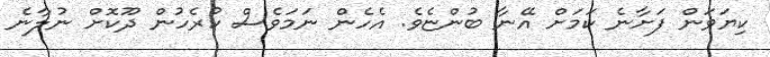
ކިޔަވަން ފަށާނެ ކަމަށް އޭނާ ބުންޏެވެ. އެހެން ނަމަވެސް ކުރެހުން ދޫކޮށް ނުލާނެ